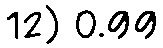
12) 0.99